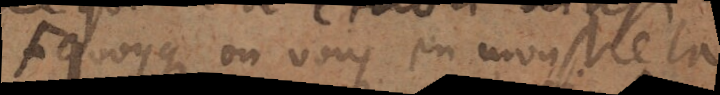
quoyque on vous en monstre la